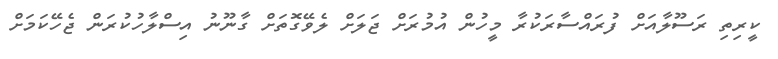
ކީރިތި ރަސޫލާއަށް ފުރައްސާރަކުރާ މީހުން އުމުރަށް ޖަލަށް ލެވޭގޮތަށް ގާނޫނު އިސްލާހުކުރަން ޖެހޭކަަމަށް